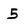
Character: 5